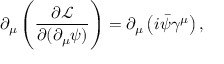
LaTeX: \partial _ { \mu } \left( { \frac { \partial { \mathcal { L } } } { \partial ( \partial _ { \mu } \psi ) } } \right) = \partial _ { \mu } \left( i { \bar { \psi } } \gamma ^ { \mu } \right) ,